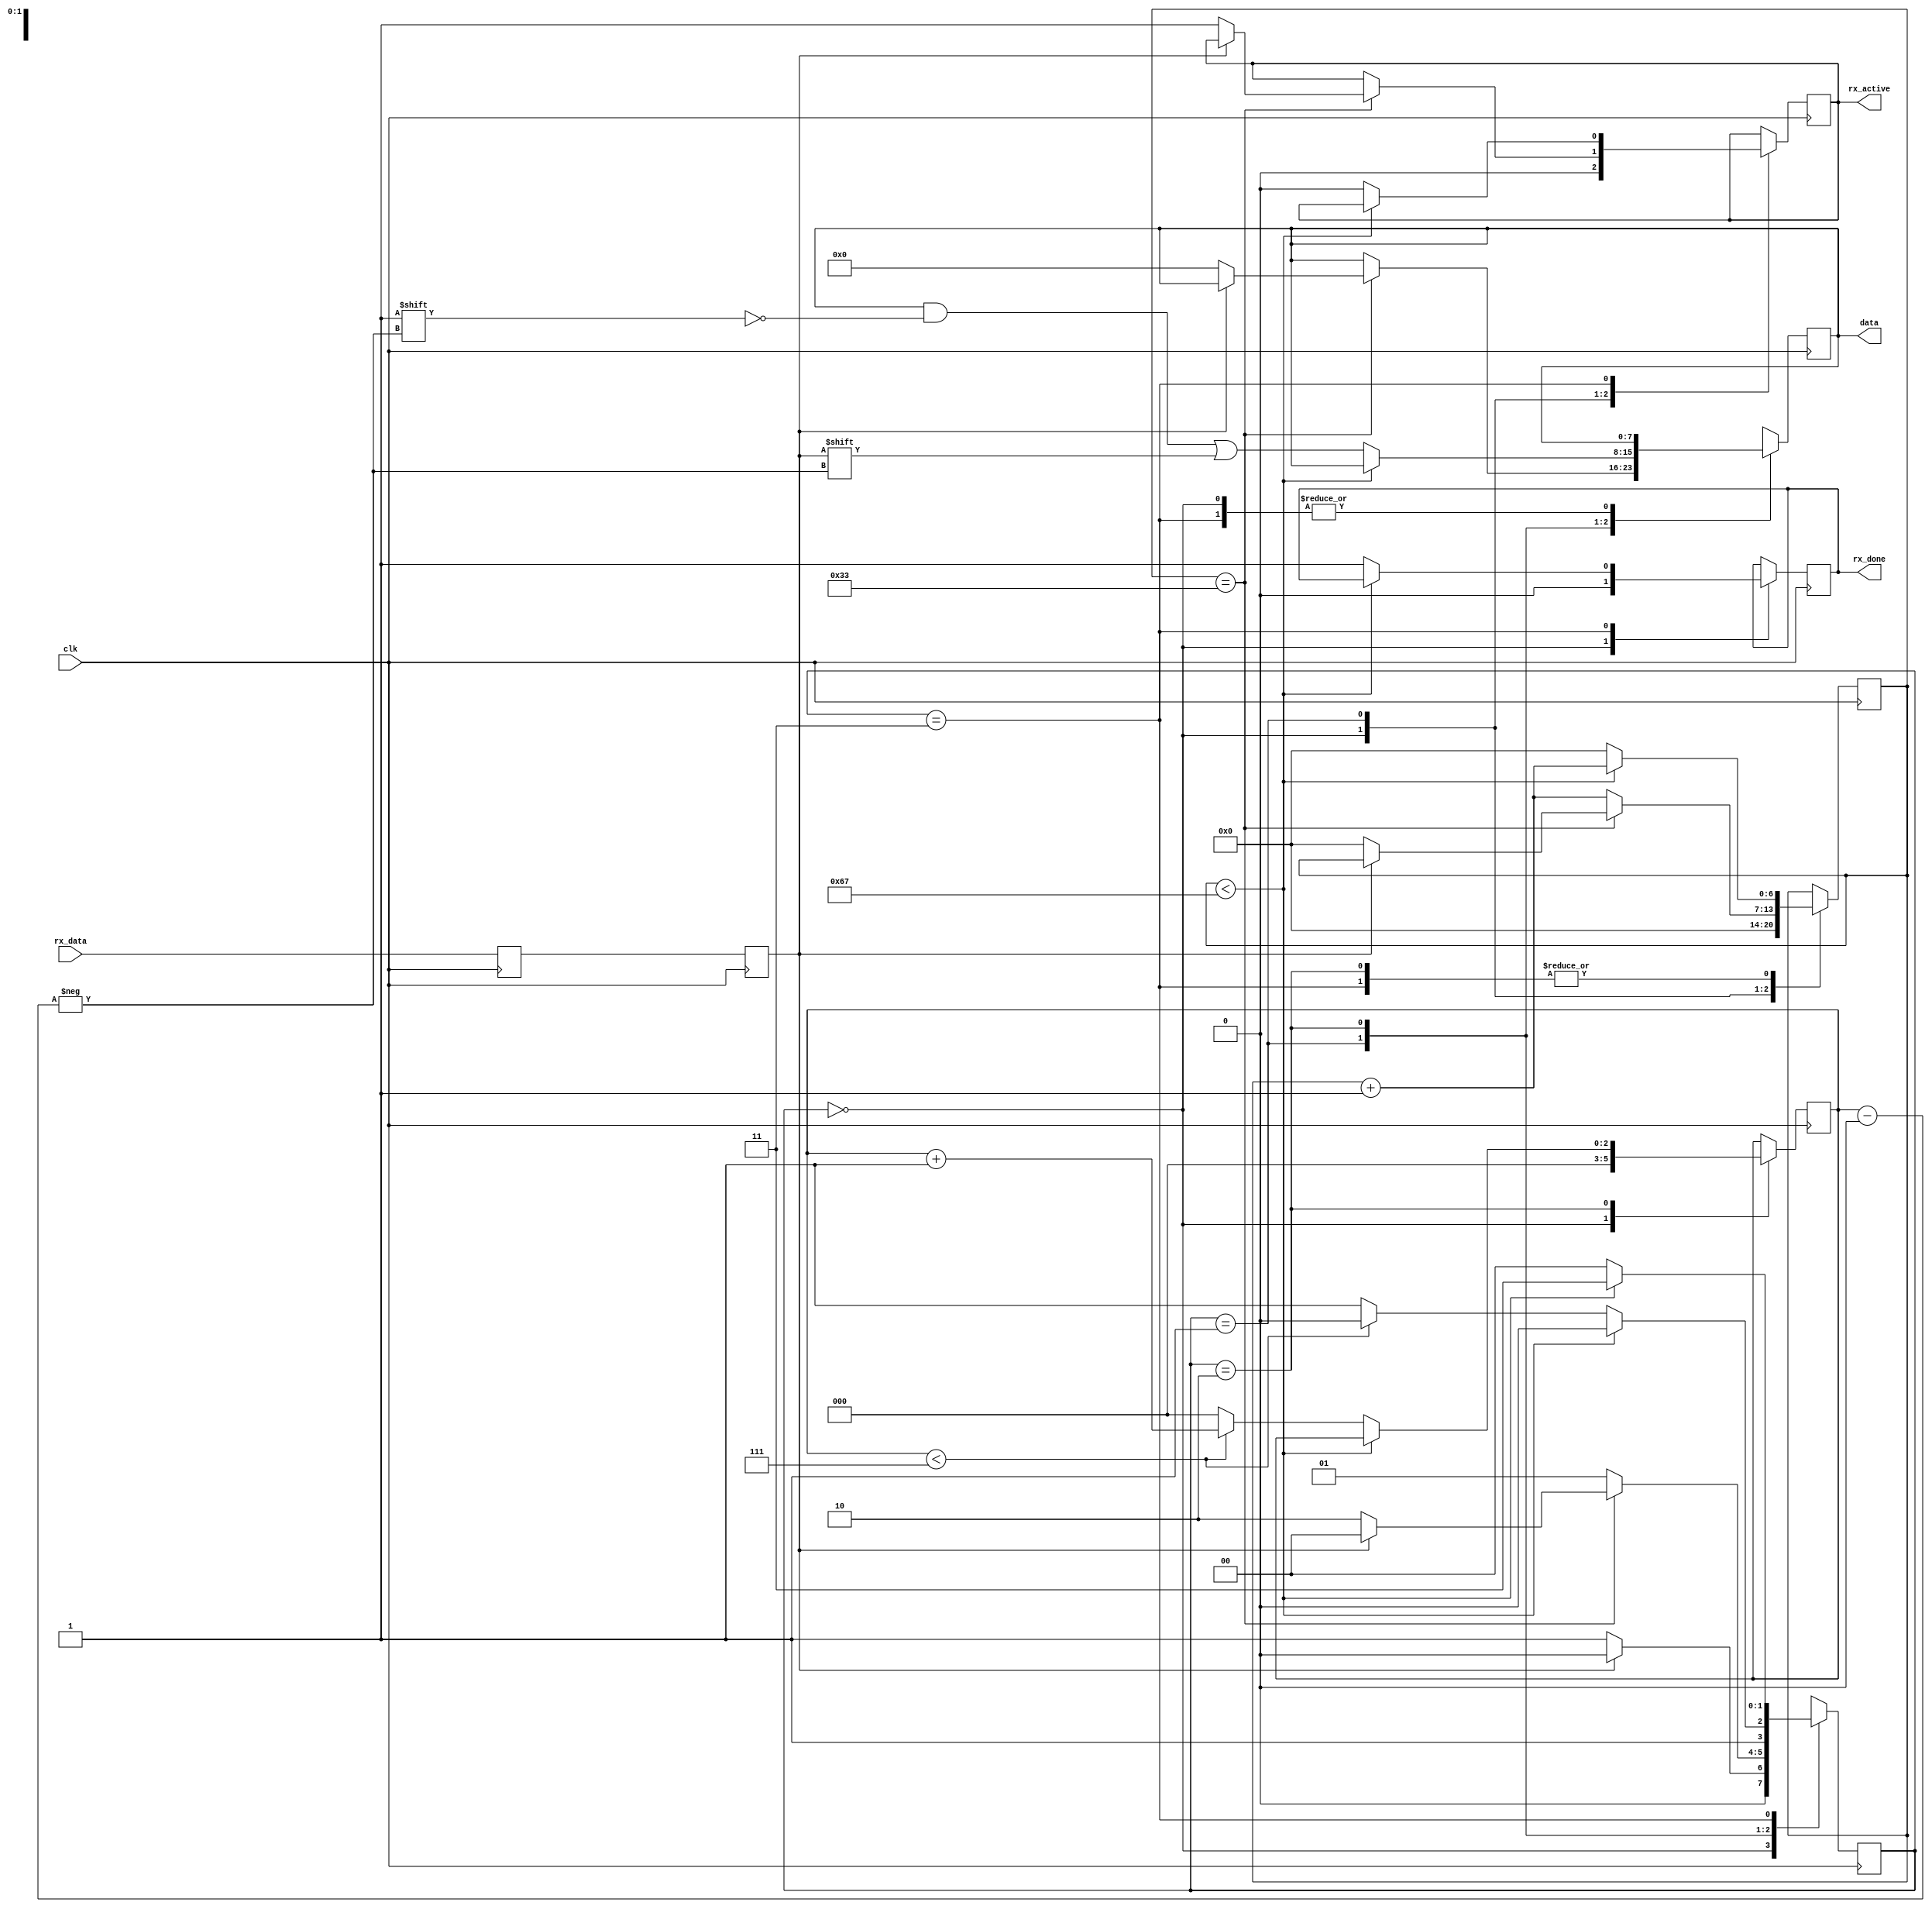
module uart_rx 
#( parameter clks_per_bit = 104,
    parameter BITS = 8 )
(
    input wire clk,
    input wire  rx_data,
    output wire rx_done,
    output wire rx_active,
    output  [BITS-1:0]data
);

//states
localparam  IDLE = 0;
localparam  START = 1;
localparam  RECEIVE = 2;
localparam  STOP = 3;
//localparam  CLEANUP = 4;

reg     r_Rx_temp = 1'b1;
reg     rx_bit   = 1'b1;
reg     temp_active = 1'b0;
//bytes
reg [BITS-1:0] rx_byte = 0; // temp storage for data output
//done signal
reg  temp_done = 0;

//states 
reg [2:0] data_index =0;
reg [6:0] clock_count = 0;
reg [1:0] state = IDLE;


//for metastabillity 
always @(posedge clk) begin
    r_Rx_temp <= rx_data;
    rx_bit <= r_Rx_temp; 
end

//RX statemachine
always @(posedge clk) begin
    case (state)
        IDLE: 
        begin
            temp_done <= 1'b0;
            data_index <= 0;
            clock_count <= 0;
            temp_active <= 1'b0;

            if (rx_bit == 1'b0) 
                begin
                    state <= START;
                end
            else 
                begin
                    state <= IDLE;
                end
        end
        START:
        begin
        if(clock_count == ((clks_per_bit)/2)-1)//to get the middle of the RX bit value
            begin
                if(rx_bit == 1'b0) 
                    begin
                        temp_active <= 2'b1;
                        clock_count <= 0; //reset counter
                        state <= RECEIVE; //go to recieve state
                        rx_byte <= 0;
                    end           
                else
                    begin
                        state <= IDLE; // go back to idle
                    end
                end 
        else
            begin
                clock_count <= clock_count +1;
                state <= START;
            end
        end

        RECEIVE:
        begin
            if(clock_count < clks_per_bit-1)
                begin
                    clock_count <= clock_count+1;
                    state <= RECEIVE;
                end
            else
                begin
                    clock_count <= 0;

                    rx_byte[data_index] <= rx_bit;
                    //check if all bist have been recieved
                    if(data_index < BITS-1)
                        begin
                            data_index <= data_index +1;
                            state <= RECEIVE;
                        end
                    //if all bits recievec got to stop state
                    else
                        begin
                            data_index <= 0;
                            state <= STOP;
                        end
                end          
        end
        STOP:
        begin
            if(clock_count < clks_per_bit-1)
                begin
                    //temp_done <= 1'b1;
                    clock_count <= clock_count + 1;
                    state <= STOP;
                end
            else
                begin
                    temp_done <= 1'b1;
                    temp_active <= 1'b0;
                    clock_count <= 0;
                    state <= IDLE;
                end
        end
        default:
            state <= IDLE;
    endcase
end
assign rx_active = temp_active;
assign data = rx_byte;
assign rx_done = temp_done;
endmodule